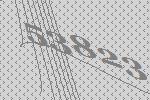
53823